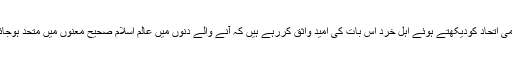
اس عالمی اتحاد کودیکھتے ہوئے اہل خرد اس بات کی امید واثق کررہے ہیں کہ آنے والے دنوں میں عالم اسلام صحیح معنوں میں متحد ہوجائے گا ۔